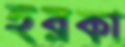
হরকা